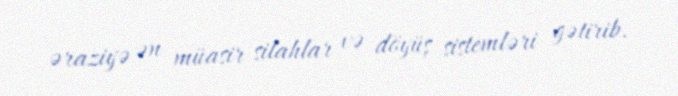
əraziyə ən müasir silahlar və döyüş sistemləri gətirib.